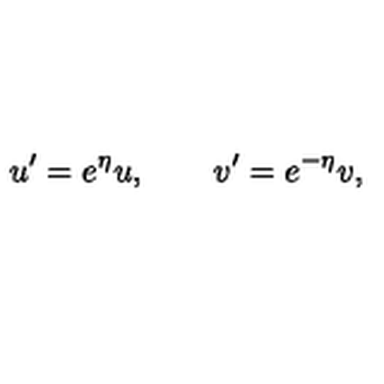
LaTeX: u ^ { \prime } = e ^ { \eta } u , \qquad v ^ { \prime } = e ^ { - \eta } v ,